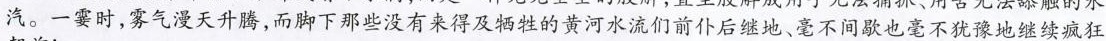
汽。一霎时，雾气漫天升腾，而脚下那些没有来得及牺牲的黄河水流们前仆后继地、毫不间歇也毫不犹豫地继续疯狂